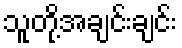
သူတို့အချင်းချင်း